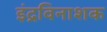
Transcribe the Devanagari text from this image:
इंद्रविनाशक